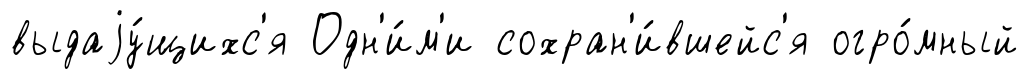
выдаjу́щихс'я Одн'и́м'и сохран'и́вшейс'я огро́мный